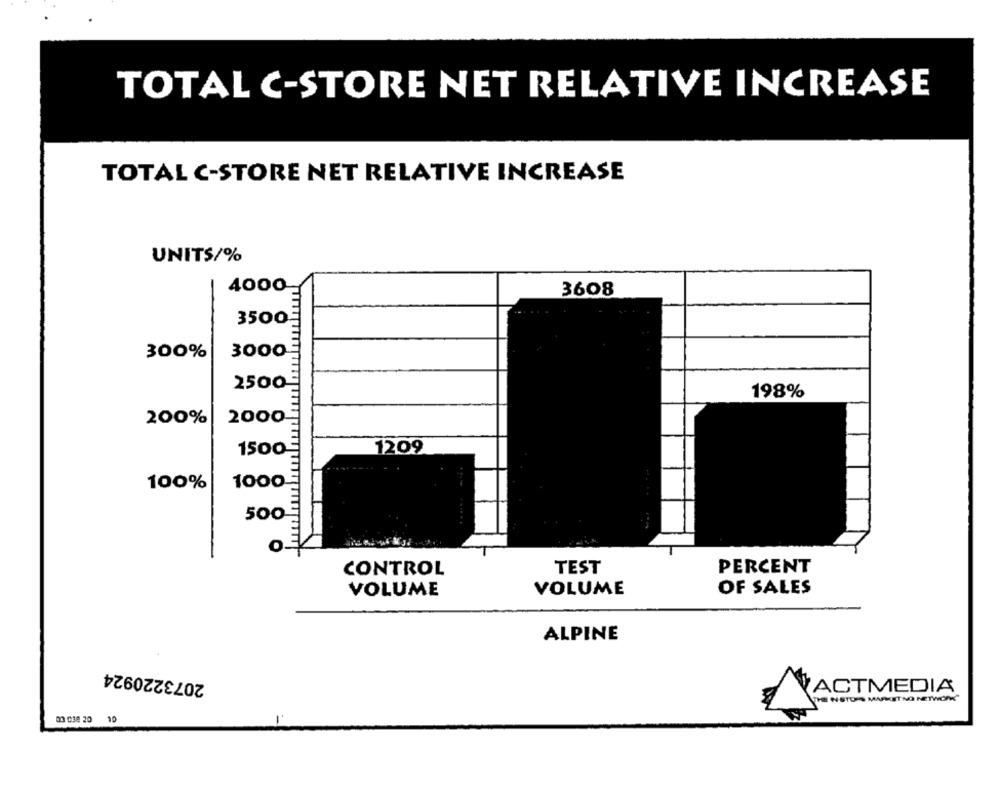
TOTAL C-STORE NET RELATIVE INCREASE
TOTAL C-STORE NET RELATIVE INCREASE
UNITS/%
4000
3608
3500
300%
3000
2500
198%
200%
2000
1500
1209
1000
100%
500
TEST
PERCENT
CONTROL
VOLUME
VOLUME
OF SALES
ALPINE
2073220924
ACTMEDIA
TE NSTO S MAPMET NO NETWORK"
00 038 20
10